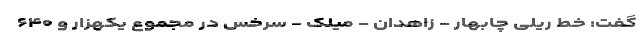
گفت: خط ریلی چابهار - زاهدان - میلک - سرخس در مجموع یکهزار و ۶۴۰